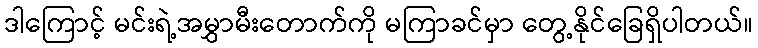
ဒါကြောင့် မင်းရဲ့အမွှာမီးတောက်ကို မကြာခင်မှာ တွေ့နိုင်ခြေရှိပါတယ်။